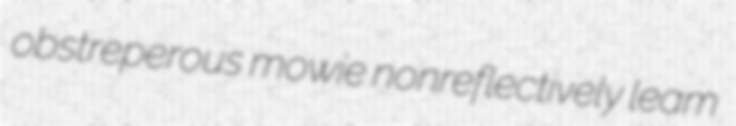
obstreperous mowie nonreflectively leam